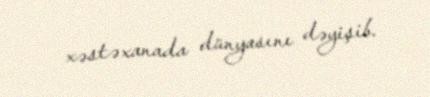
xəstəxanada dünyasını dəyişib.